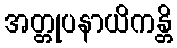
အတ္တုပနာယိကန္တိ